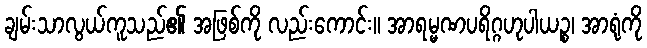
ချမ်းသာလွယ်ကူသည်၏ အဖြစ်ကို လည်းကောင်း။ အာရမ္မဏပရိဂ္ဂဟုပါယဉ္စ၊ အာရုံကို